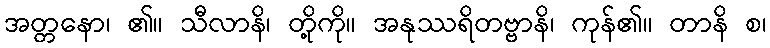
အတ္တနော၊ ၏။ သီလာနိ၊ တို့ကို။ အနုဿရိတဗ္ဗာနိ၊ ကုန်၏။ တာနိ စ၊